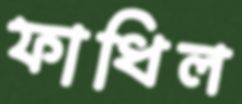
ফাধিল